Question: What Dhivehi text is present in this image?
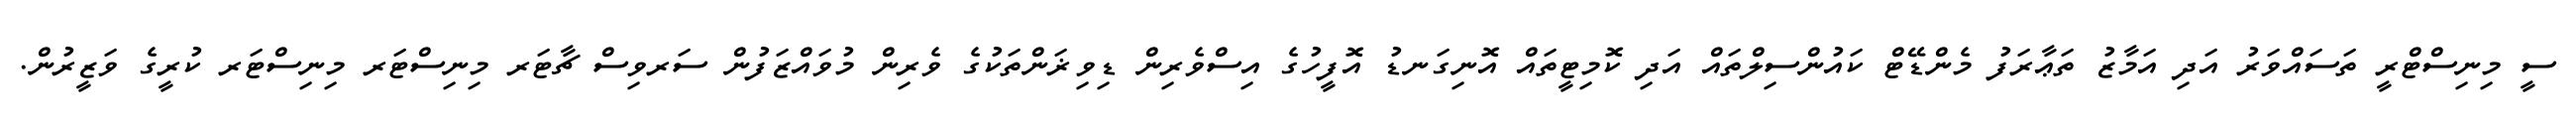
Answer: ސީ މިނިސްޓްރީ ތަސައްވަރު އަދި އަމާޒު ތަޢާރަފު މެންޑޭޓް ކައުންސިލްތައް އަދި ކޮމިޓީތައް އޮނިގަނޑު އޮފީހުގެ އިސްވެރިން ޑިވިޜަންތަކުގެ ވެރިން މުވައްޒަފުން ސަރވިސް ޗާޓަރ މިނިސްޓަރ މިނިސްޓަރ ކުރީގެ ވަޒީރުން.